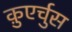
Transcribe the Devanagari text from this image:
क़ुएर्चुस